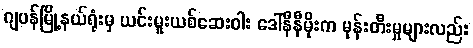
ဂျပန်မြို့နယ်ရုံးမှ ယင်းမူးယစ်ဆေးဝါး ဒေါ်နီနီမိုးက မုန်းတီးမှုများလည်း